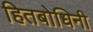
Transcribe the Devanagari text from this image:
हितबोधिनी